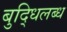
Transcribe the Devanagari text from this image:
बुद्धिलब्ध